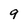
Character: 9